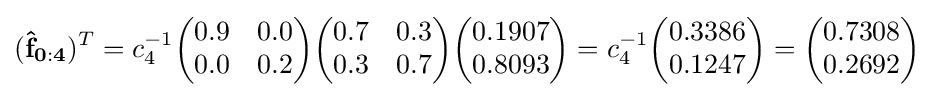
(\mathbf {{\hat {f}}_{0:4}} )^{T}=c_{4}^{-1}{\begin{pmatrix}0.9&0.0\\0.0&0.2\end{pmatrix}}{\begin{pmatrix}0.7&0.3\\0.3&0.7\end{pmatrix}}{\begin{pmatrix}0.1907\\0.8093\end{pmatrix}}=c_{4}^{-1}{\begin{pmatrix}0.3386\\0.1247\end{pmatrix}}={\begin{pmatrix}0.7308\\0.2692\end{pmatrix}}